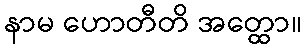
နာမ ဟောတီတိ အတ္ထော။